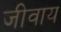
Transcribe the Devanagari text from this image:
जीवाय